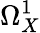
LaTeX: \Omega_{X}^{1}